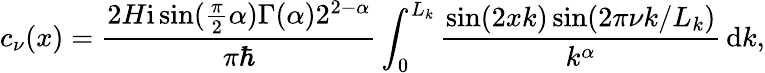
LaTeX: c_{\nu}(x)=\frac{2H\mathrm{i}\sin(\frac{\pi}{2}\alpha)\Gamma(\alpha)2^{2-\alpha}}{\pi\hbar}\int_{0}^{L_{k}}\frac{\sin(2xk)\sin(2\pi\nu k/L_{k})}{k^{\alpha}}\, \mathrm{d}k,